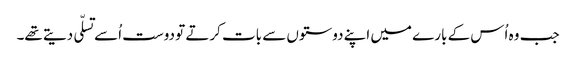
جب وہ اُس کے بارے میں اپنے دوستوں سے بات کرتے تو دوست اُسے تسلّی دیتے تھے۔